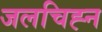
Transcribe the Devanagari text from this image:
जलचिह्न